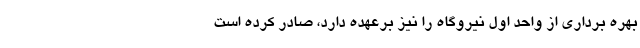
بهره برداری از واحد اول نیروگاه را نیز برعهده دارد، صادر کرده است